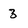
Character: 3